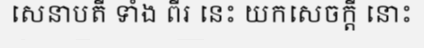
សេនាបតី ទាំង ពីរ នេះ យកសេចក្តី នោះ